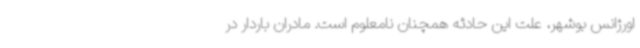
اورژانس بوشهر، علت این حادثه همچنان نامعلوم است. مادران باردار در